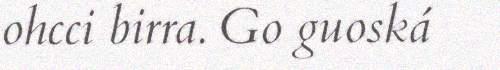
ohcci birra. Go guoská